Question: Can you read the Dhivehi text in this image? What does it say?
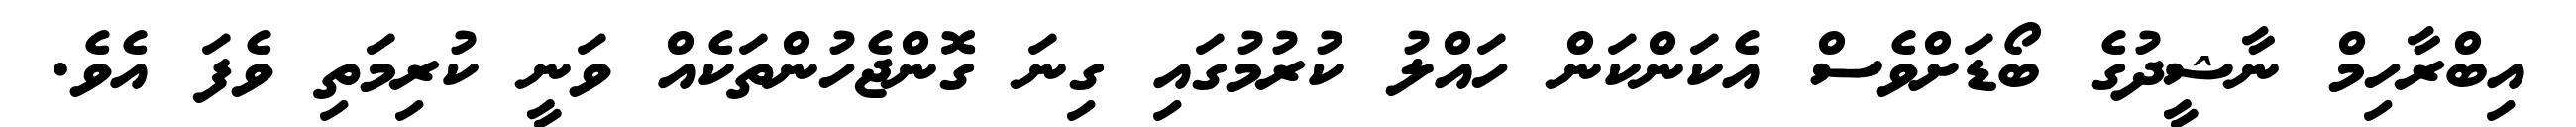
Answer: އިބްރާހިމް ނާޝީދުގެ ބޯޑަށްވެސް އެކަންކަން ހައްލު ކުރުމުގައި ގިނަ ގޮންޖެހުންތަކެއް ވަނީ ކުރިމަތި ވެފަ އެވެ.